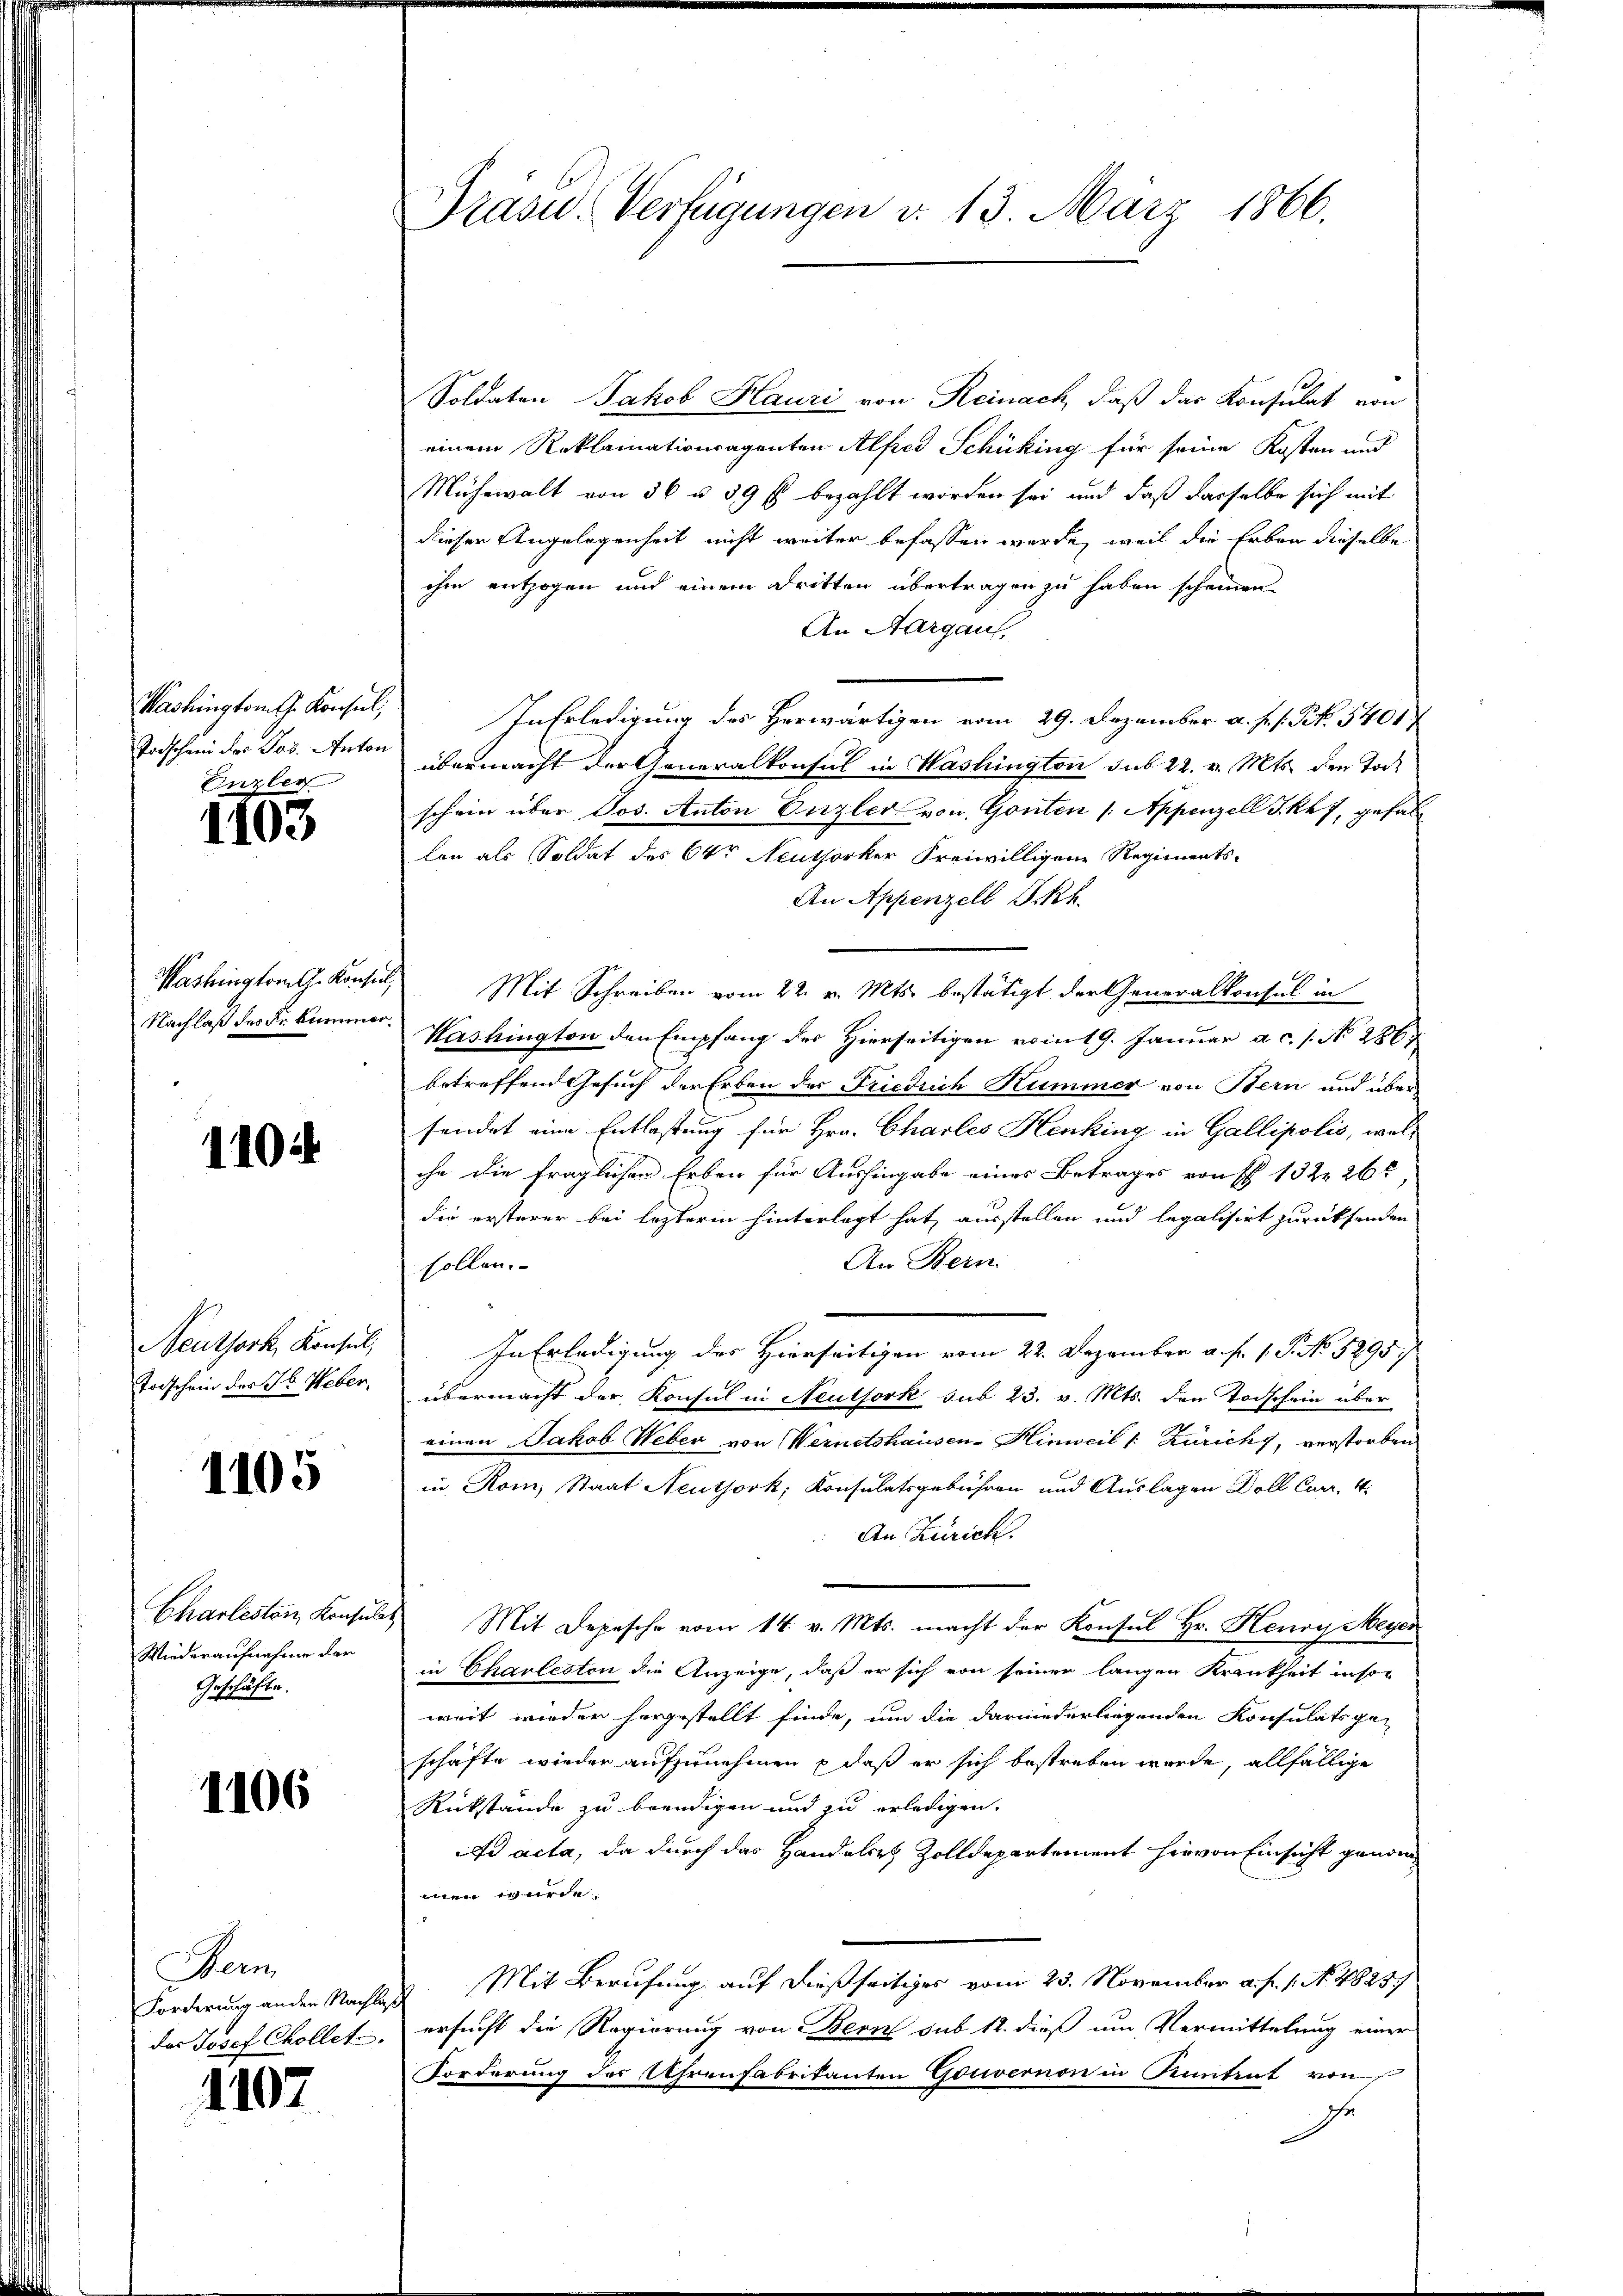
Washington G. Konsul,
Enzler

1103

Nachlaß das dr kümmer¬

1104

Neuthork, Konsul,

1105

Wiederaufnahme der
Geschäfte.

1106

Bern

1107.

Präsid.. Verfügungen d. 13. März 1866.

Soldaten Jakob Hauri von Reinach, daß das Konsulat von
einem Reklamationsagenten Alfred Schüking für seine Kosten und
Mühewalt von 36 u. 39 fl bezahlt worden sei und daß dasselbe sich mit
dieser Angelegenheit nicht weiter befassen werde, weil die Erben dieselbe
ihm entzogen und einem Dritten übertragen zu haben scheinen
An Aargaus,
In Erledigung des Herwärtigen vom 29. Dezember a. p. s. S. 5401
Todschen des Jos. Anton übermacht der Generalkonsul in Washington sub 22. v. Mts. den Tode
schein über Jos. Anton Enzler von Gonten /: Appenzell I. kk. 7, gefallon als Soldat des 64r Neuthorker Freiwilligene Regiments-
An Appenzell Sckh.
Washington G. Konsuls Mit Schreiben vom 22. v. Mts. bestätigt der Generalkonsul in
Washington den Empfang des Hierseitigen vom 19. Januar a. c. 1. No. 286
betreffend Gesuch der Erben der Friedrich Kummer von Bern und übersendet eine Entlaßung für Hrn. Charles Henking in Gallipolis, welihn die fraglichen Erben für Aushingabe eines Betrages von 132, 26
die ersterer bei lezteren hinterlegt hat ausstellen und legalisirt zurücksenden
An Bern.
sollen.
In Erledigung des Hierseitigen vom 22. Dezember a. f. 1. P. No. 5295.
Todschein des Hr. Weber, übermacht der Konsul in Aeulsork sub 23. v. Mts. den Todschein über
einen Jakob Weber von Wernetshausen-Hinweil /: Zürich, verstorben
in Roin, Staat Neuthork, Konsulatsgebühren und Auslagen Doll Euer. 4.
An Zürich.
Charlesten, Konsuls Mit Depesche vom 14. v. Mts. macht der Konsul Hr. Henry Meyer
in Chaoleston die Anzeige, daß er sich von seiner langen Krankheit inson
weit wieder hergestellt finde, um die darniederliegenden Konsulatsge-
schäfte wieder aufzunehmen & daß er sich bestreben werde, allfällige
Rückstände zu beendigen und zu erledigen.
ad acta, da durch das Handele Zolldepartement hievon Einsicht genommen wurde.
Forderung ander Nachlas Mit Berufung auf dießseitiges vom 23. November a. f. 1. No. 48257
das Josef Collet, ersucht die Regierung von Bern sub 12. dieß um Vermittelung einer
Forderung des Uhrenfabrikanten Gouvernon in Kantent von
Ihr